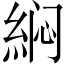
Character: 𱹵